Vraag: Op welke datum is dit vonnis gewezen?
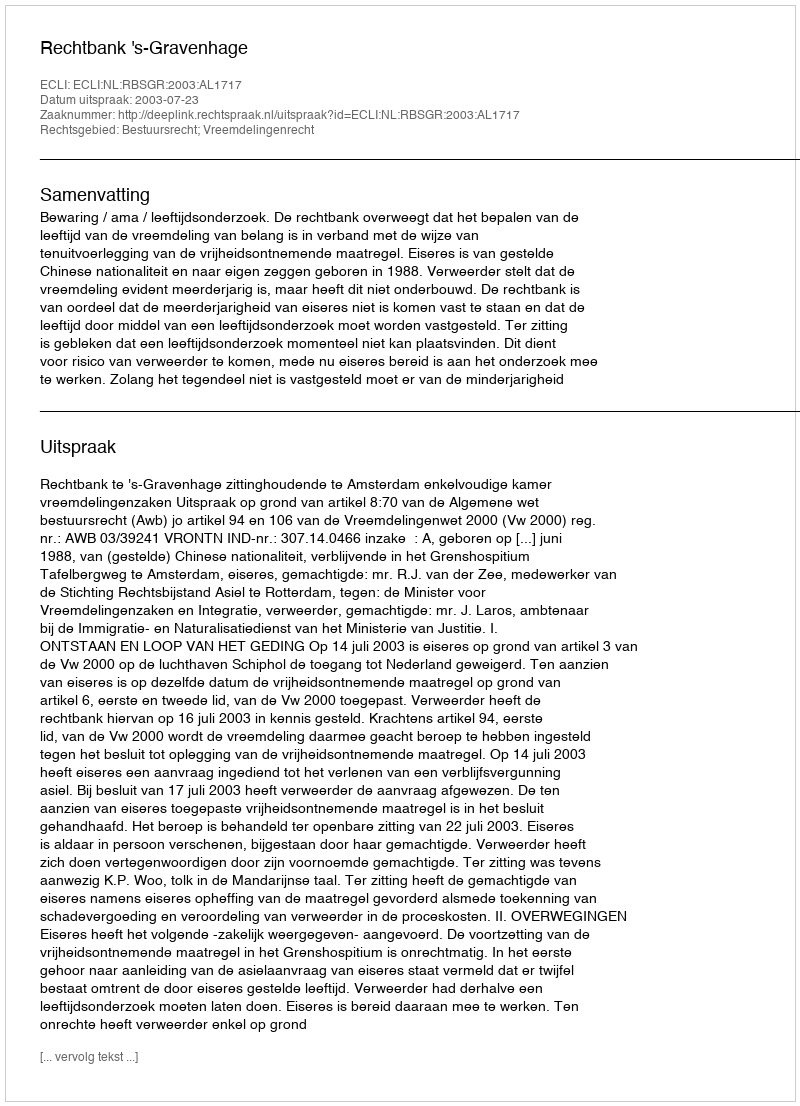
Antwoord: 2003-07-23